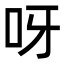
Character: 呀